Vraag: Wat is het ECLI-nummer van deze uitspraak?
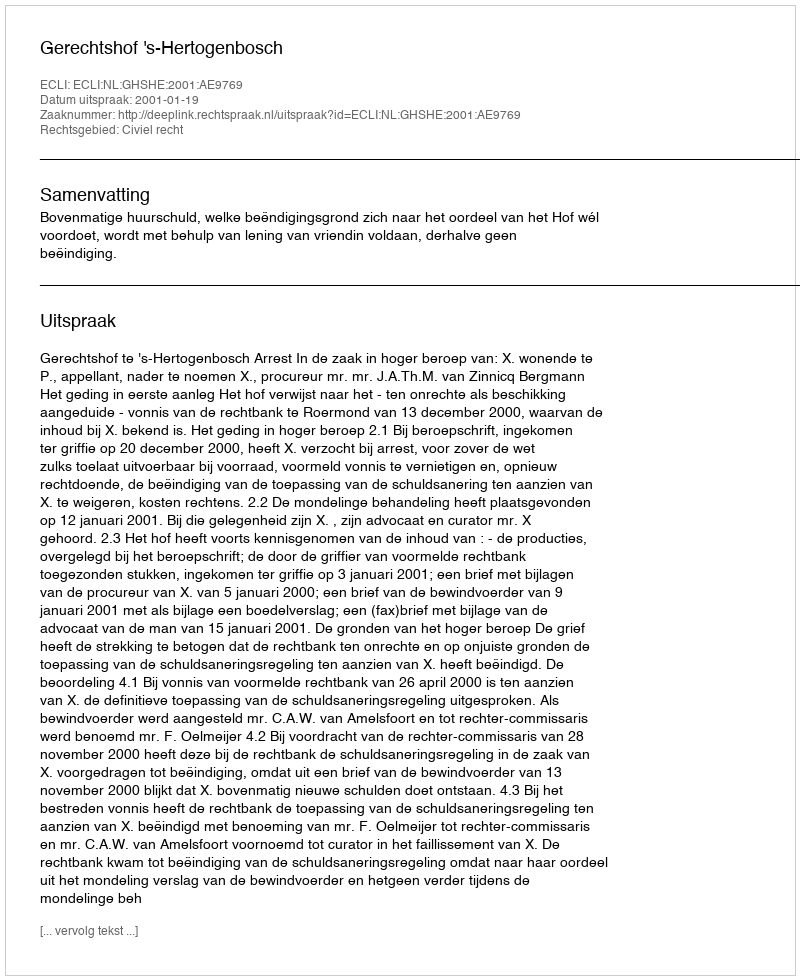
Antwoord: ECLI:NL:GHSHE:2001:AE9769